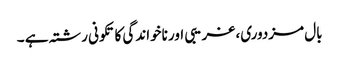
بال مزدوری، غریبی اور ناخواندگی کا تکونی رشتہ ہے ۔